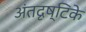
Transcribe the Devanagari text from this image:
अंतदृष्टिके